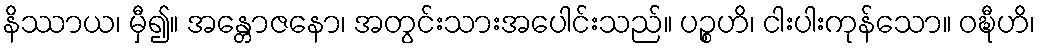
နိဿာယ၊ မှီ၍။ အန္တောဇနော၊ အတွင်းသားအပေါင်းသည်။ ပဉ္စဟိ၊ ငါးပါးကုန်သော။ ဝဍ္ဎီဟိ၊